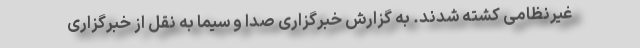
غیرنظامی کشته شدند. به گزارش خبرگزاری صدا و سیما به نقل از خبرگزاری